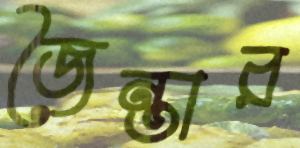
জৈন্তার